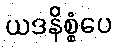
ယဒနိစ္စံပေ